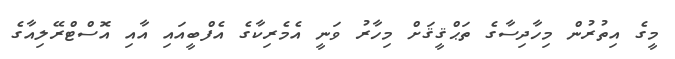
މީގެ އިތުރުން މިހާދިސާގެ ތަޙްޤީޤަށް މިހާރު ވަނީ އެމެރިކާގެ އެފްބީއައި އާއި އޮސްޓްރޭލިއާގެ